Bréfritari: Sigurður Jónsson
Viðtakandi: Jón Borgfirðings Jónsson
Dagsetning: A-1860-07-08
Skrifað á: Möðrudal  N-Múl.

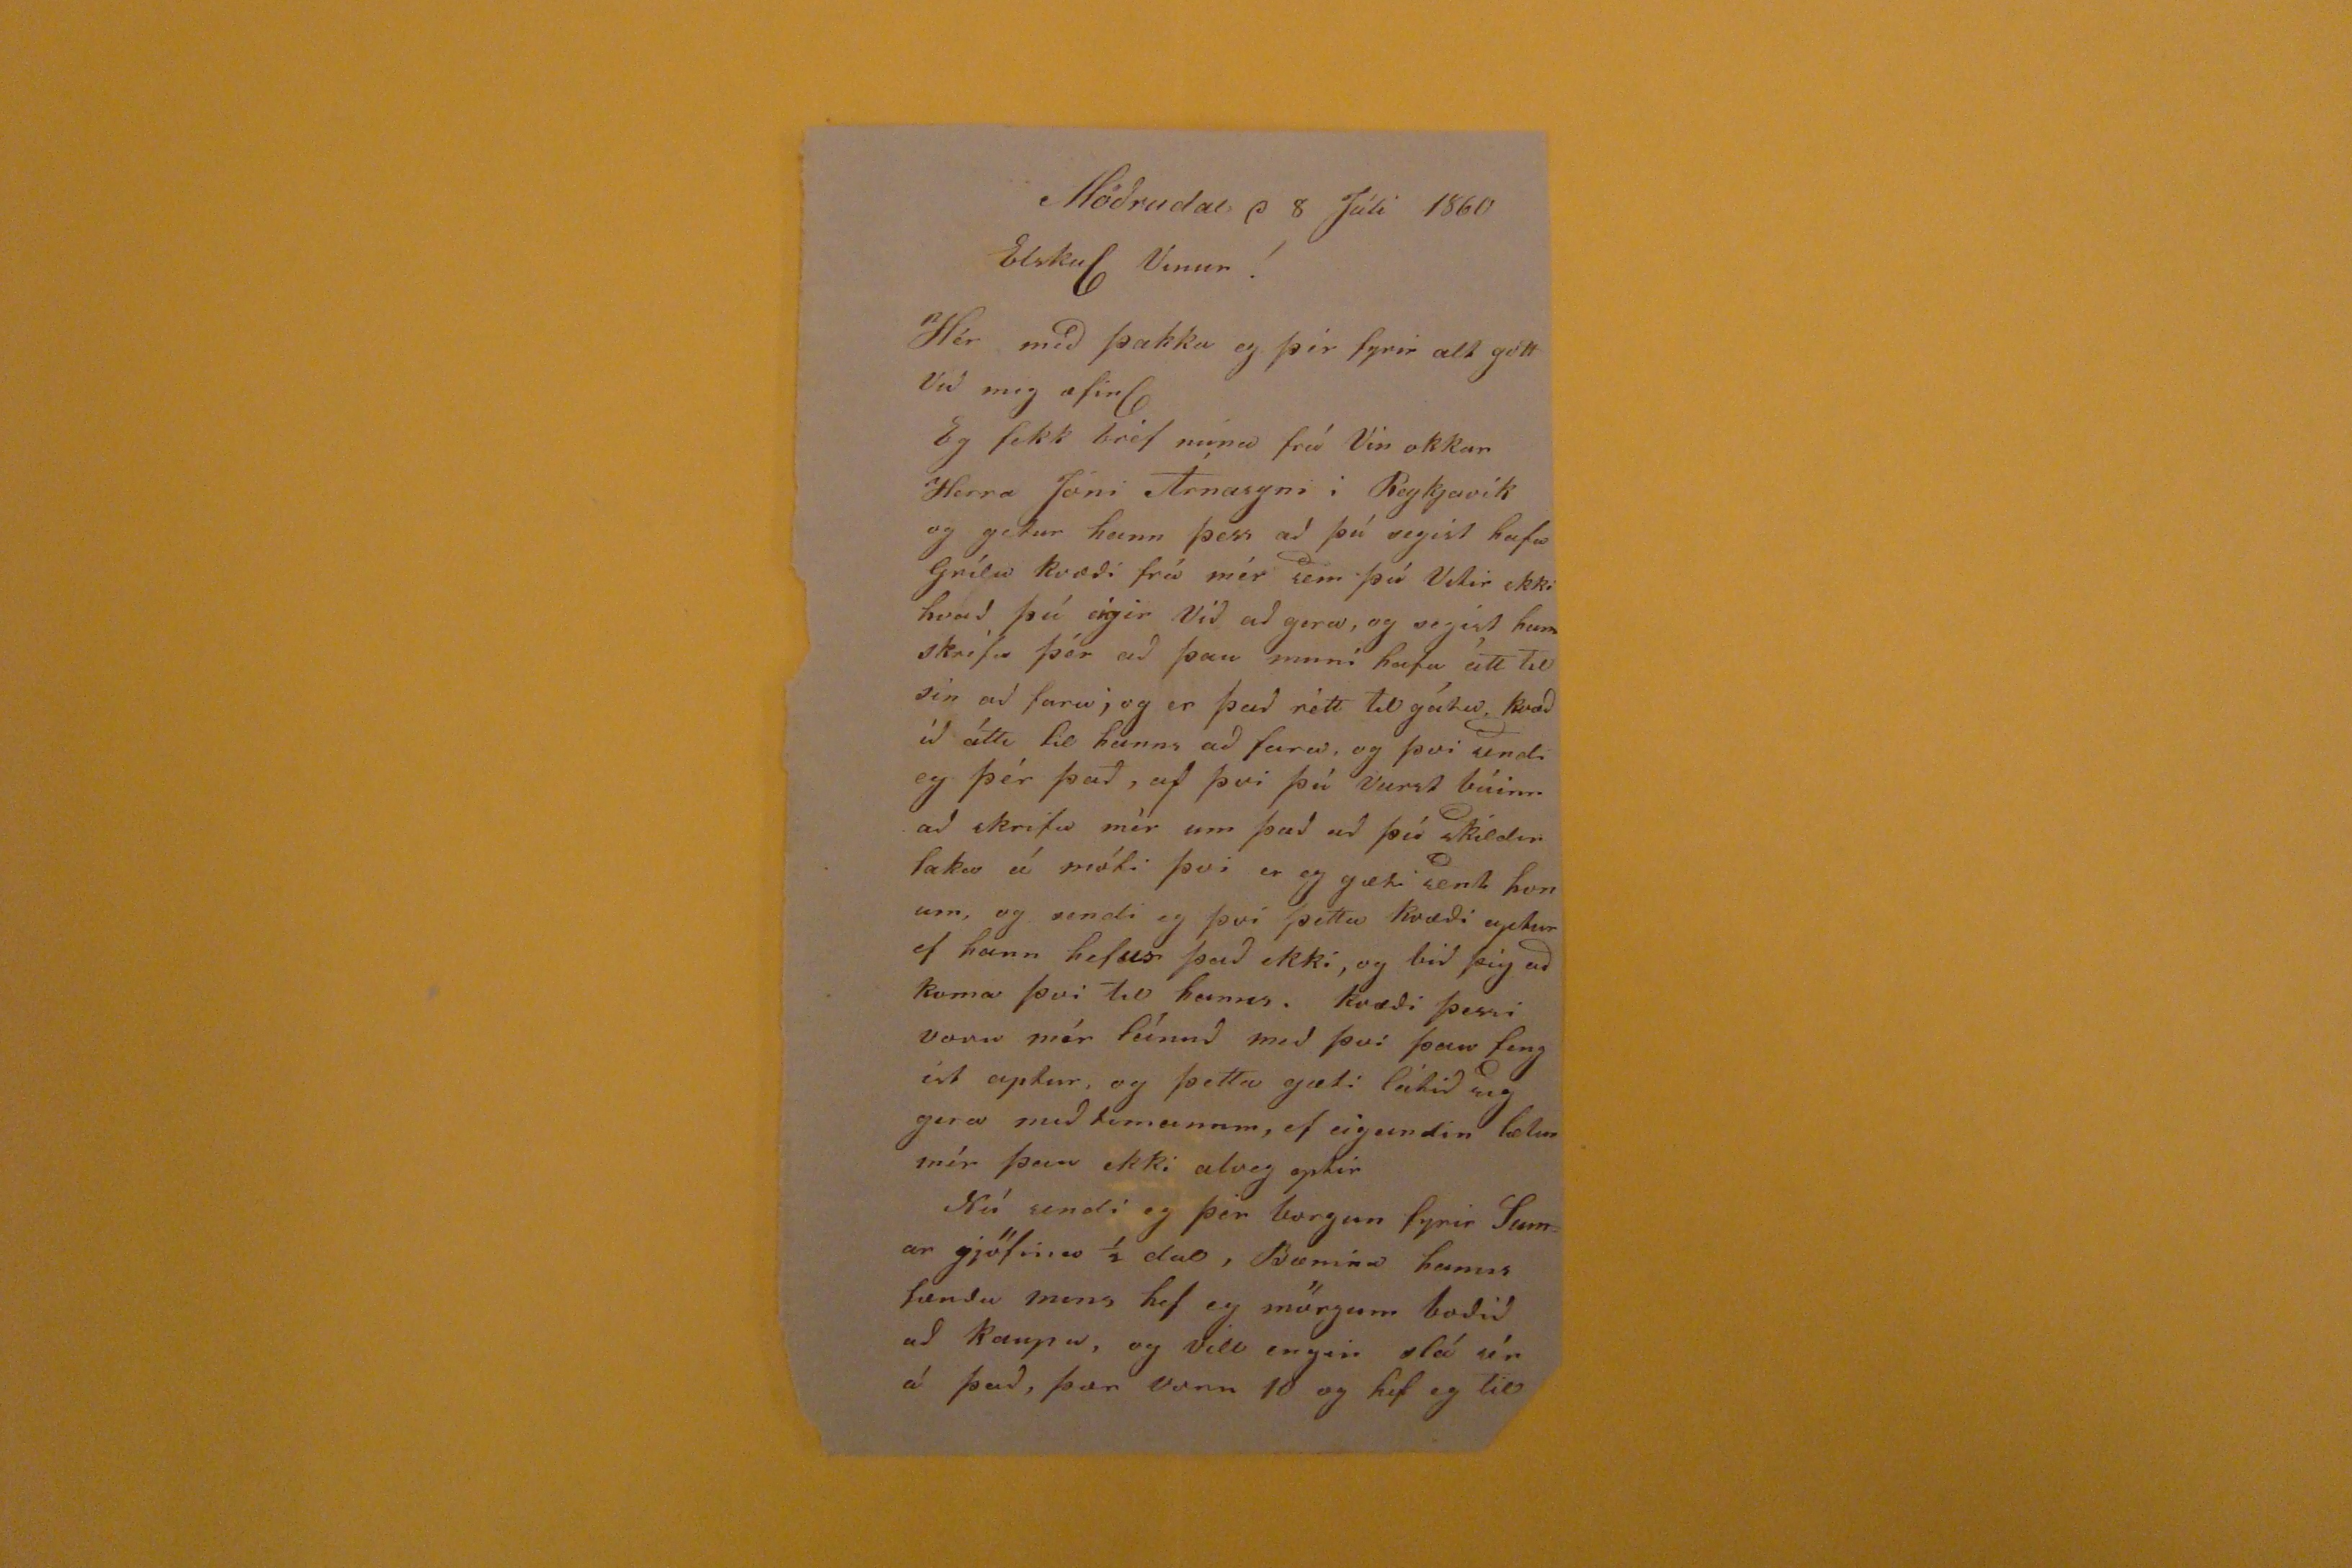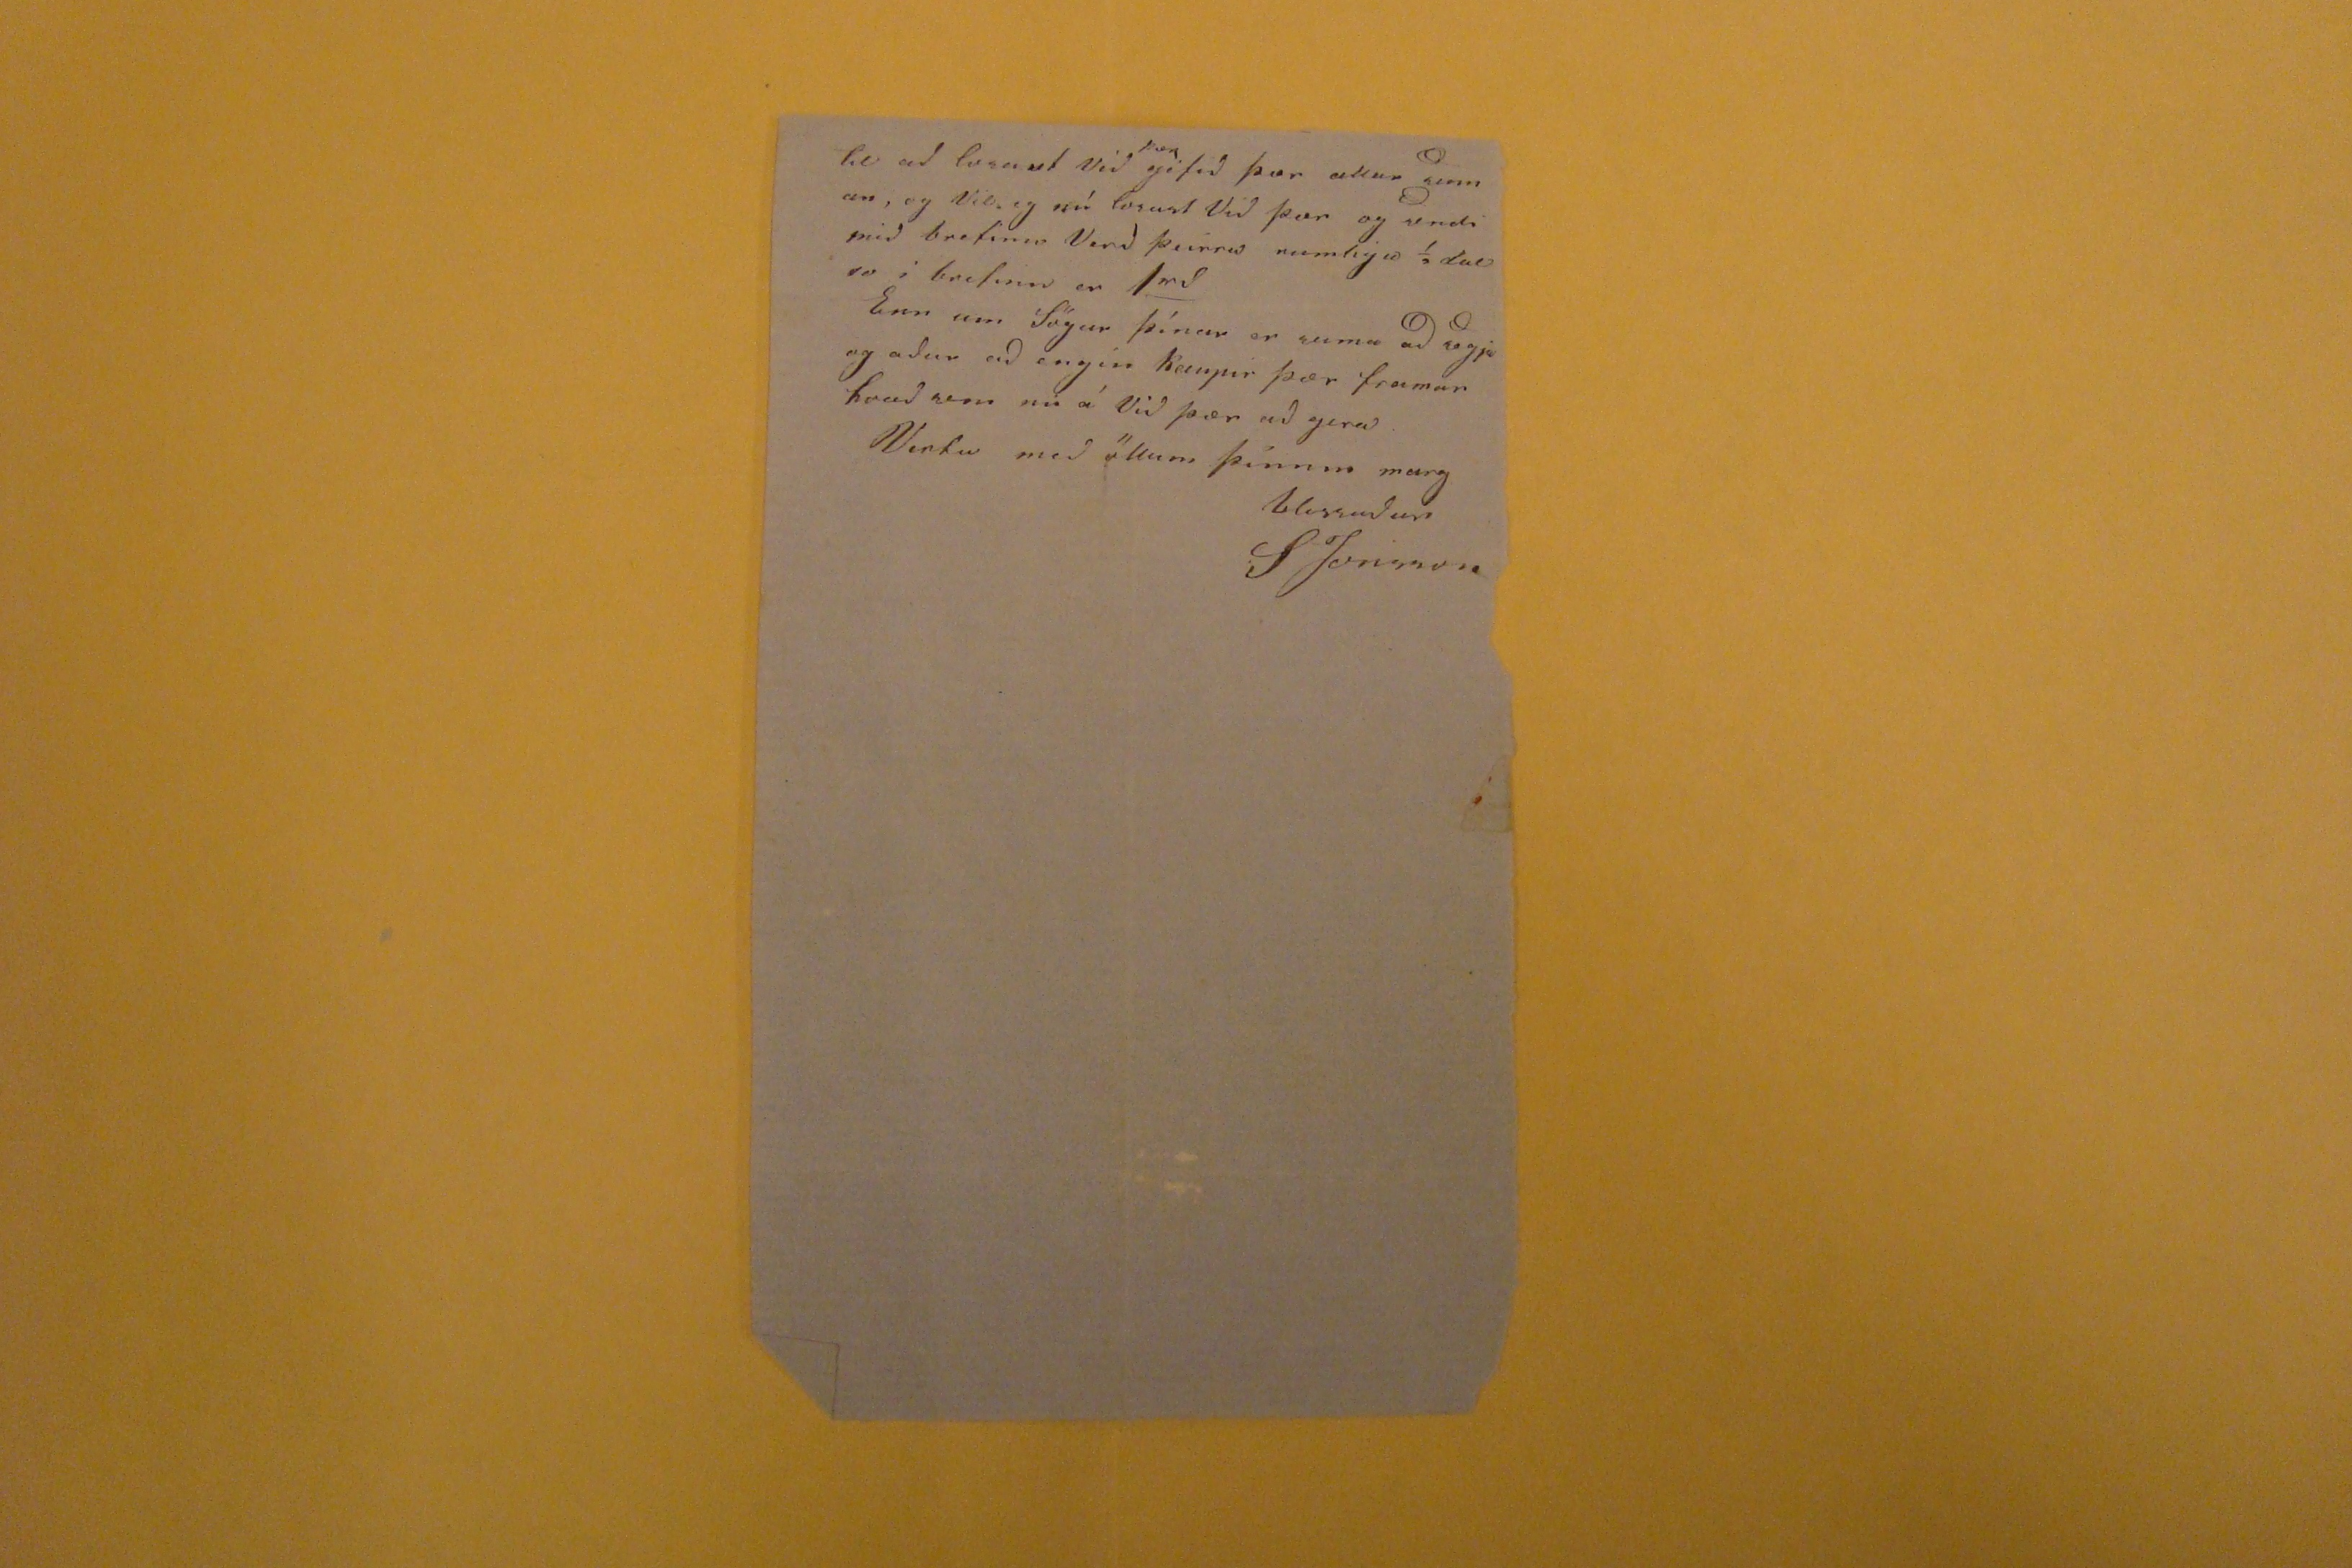

Möðrudal d 8 Júli 1860
Elskul Vinur!
Hér með þakka eg þér fyrir alt gott Við mig æfinl Eg fekk bréf nuna frá Vin okkar Herra Jóni Árnasyni í Reykjavík og getur hann þess að þú segist hafa Grílu kvæði frá mér sem þú Vitir ekki hvað þú eigir Við að gera, og segist hann skrifa þér að þau muni hafa átt til sin að fara; og er það rétt til gétið, kvæðið átti til hanns að fara, og þvi sendi eg þér það, af þvi þú varst búinn að skrifa mér um það að þú skildir taka á móti þvi er eg gæti sent honum, og sendi eg því þetta kvæði aptur ef hann hefur það ekki, og bið þig að koma þvi til hanns. kvæði þessi voru mér leínuð með þvi þau fengist aptur, og þetta gæti látið sig gera með timanum, ef eigandin
helur
mér þau ekki alveg eptir Nú sendi eg þér borgun fyrir Sumar gjöfina í dal, Bænina hanns
fændu mins
hef eg mörgum boðið að kaupa, og vill engir slá úr á það, þær voru 10 og hef eg til
til að losant við
þær
géfið þær allur sinnan, og Vil eg nú losast Við þær og sendi mið brefinu Verð þeirra rumliga 1/2 dal so í brefinu er 1
rd
Enn um Sögur þínar er suma að segja og aður að engin keupir þær framar hvað sem nú á Við þær að gera
blessaður
SJónsson